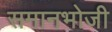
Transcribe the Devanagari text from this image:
समानभोजी